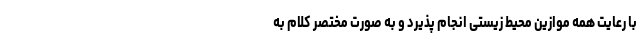
با رعایت همه موازین محیط زیستی انجام پذیرد و به صورت مختصر کلام به